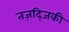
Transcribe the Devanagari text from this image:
तज़द्जिकी